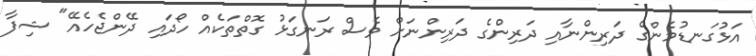
އަޅުގަނޑުމެންގެ ދަރިންނާއި ދަރިންގެ ދަރިންނަށް ވެސް ރަނގަޅު ގޮތްތަކެއް ހޯދައި ދޭންޖެހެއޭ" ޝިފާ